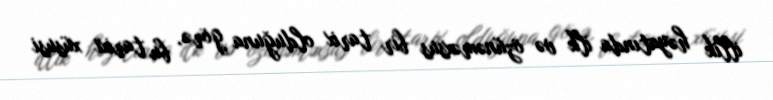
illik həyatında ilk və özünəməxsus bir tarix olduğuna görə, bu tarixi xüsusi